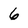
Character: 6